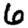
Digit: 6